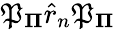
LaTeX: \mathfrak{P}_{\mathbf{\Pi}}\hat{{r}}_{n}\mathfrak{P}_{\mathbf{\Pi}}